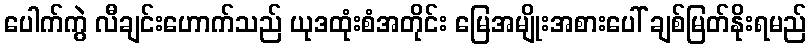
ပေါက်ကွဲ လီချင်းဟောက်သည် ယုဒထုံးစံအတိုင်း မြေအမျိုးအစားပေါ် ချစ်မြတ်နိုးရမည်